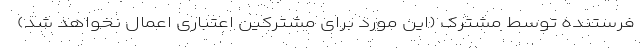
فرستنده توسط مشترک (این مورد برای مشترکین اعتباری اعمال نخواهد شد)